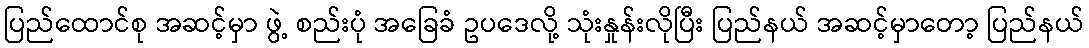
ပြည်ထောင်စု အဆင့်မှာ ဖွဲ့ စည်းပုံ အခြေခံ ဥပဒေလို့ သုံးနှုန်းလိုပြီး ပြည်နယ် အဆင့်မှာတော့ ပြည်နယ်